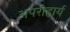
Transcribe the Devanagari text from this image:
अपरीहार्य